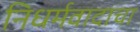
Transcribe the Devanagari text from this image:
निधर्मवादाचा